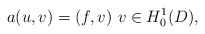
\begin{align*}a(u,v)=(f,v)~v\in H^1_0(D),\end{align*}